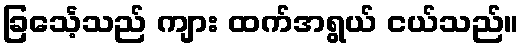
ခြင်္သေ့သည် ကျား ထက်အရွယ် ငယ်သည်။